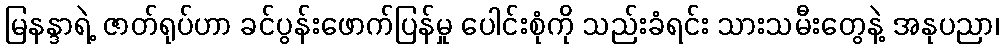
မြနန္ဒာရဲ့ ဇာတ်ရုပ်ဟာ ခင်ပွန်းဖောက်ပြန်မှု ပေါင်းစုံကို သည်းခံရင်း သားသမီးတွေနဲ့ အနုပညာ၊